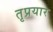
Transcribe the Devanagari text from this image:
तृप्रयार